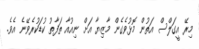
މިރޭ އީގަލްސް އަތުން މޮޅުވެގެން މާޒިޔާ އަށް ނިއުއާ ތަފާތު ކުޑަކުރެވޭނެ އެވެ.